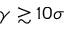
\gamma \gtrsim 1 0 \sigma